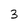
Character: 3